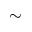
\sim